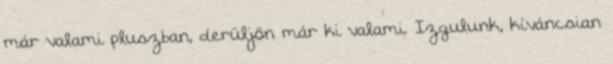
már valami pluszban, derüljön már ki valami. Izgulunk, kíváncsian